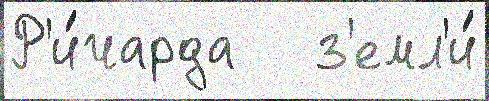
Р'и́чарда   з'емл'и́